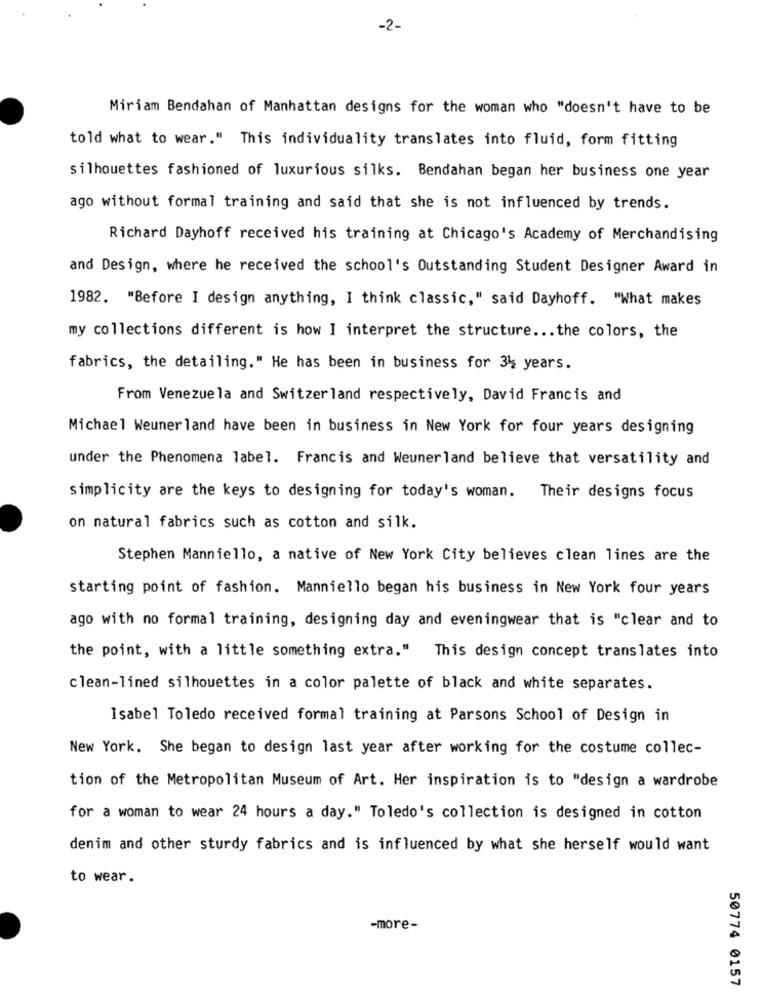
-2-
Miriam Bendahan of Manhattan designs for the woman who "doesn't have to be
told what to wear." This individuality translates into fluid, form fitting
silhouettes fashioned of luxurious silks. Bendahan began her business one year
ago without formal training and said that she is not influenced by trends.
Richard Dayhoff received his training at Chicago's Academy of Merchandising
and Design, where he received the school's Outstanding Student Designer Award in
1982. "Before I design anything, I think classic," said Dayhoff. "What makes
my collections different is how I interpret the structure ... the colors, the
fabrics, the detailing." He has been in business for 34 years.
From Venezuela and Switzerland respectively, David Francis and
Michael Weunerland have been in business in New York for four years designing
under the Phenomena label. Francis and Weunerland believe that versatility and
simplicity are the keys to designing for today's woman. Their designs focus
on natural fabrics such as cotton and silk.
Stephen Manniello, a native of New York City believes clean lines are the
starting point of fashion. Manniello began his business in New York four years
ago with no formal training, designing day and eveningwear that is "clear and to
the point, with a little something extra." This design concept translates into
clean-lined silhouettes in a color palette of black and white separates.
Isabel Toledo received formal training at Parsons School of Design in
New York. She began to design last year after working for the costume collec-
tion of the Metropolitan Museum of Art. Her inspiration is to "design a wardrobe
for a woman to wear 24 hours a day." Toledo's collection is designed in cotton
denim and other sturdy fabrics and is influenced by what she herself would want
to wear.
-more-
50774 0157